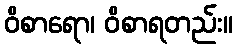
ဝိစာရော၊ ဝိစာရတည်း။